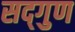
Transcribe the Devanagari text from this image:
सद्‌गुण